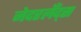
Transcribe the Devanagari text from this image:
नेदरलँद्स